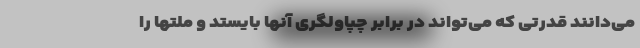
می‌دانند قدرتی که می‌تواند در برابر چپاولگری آنها بایستد و ملتها را